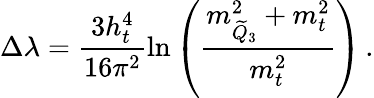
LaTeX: \Delta\lambda=\frac{3h_{t}^{4}}{16\pi^{2}}\ln\left(\frac{m_{\widetilde Q_{3}}^{2}+m_{t}^{2}}{m_{t}^{2}}\right)\, .